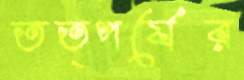
তত্পর্যের